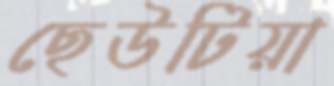
ছেউটিয়া